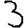
Digit: 3